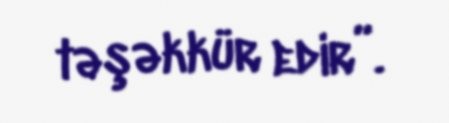
təşəkkür edir”.